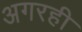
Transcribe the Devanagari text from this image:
अगरही